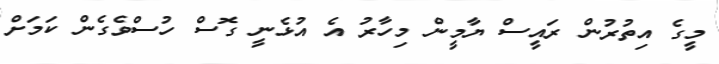
މީގެ އިތުރުން ރައީސް ޔާމީން މިހާރު އެ އުޅެނީ ގޮސް ހުސްވެގެން ކަމަށް